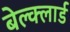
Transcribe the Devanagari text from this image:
बेल्क्लार्ड